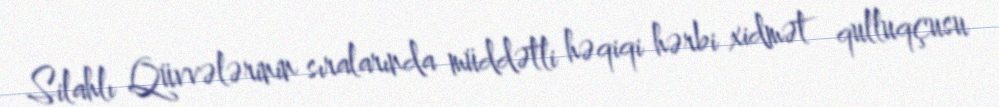
Silahlı Qüvvələrinin sıralarında müddətli həqiqi hərbi xidmət qulluqçusu